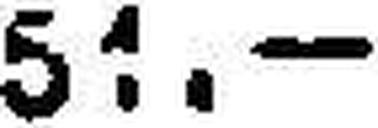
51.—